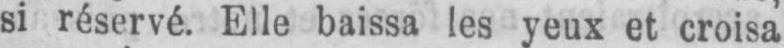
si réservé. Elle baissa les yeux et croisa